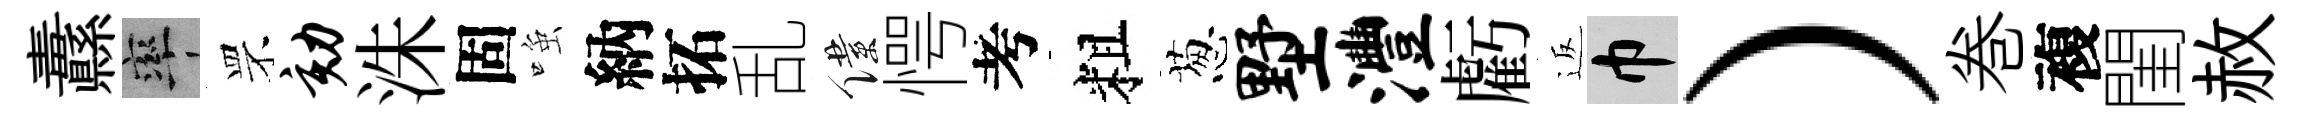
纛率罘劾洙固𫪻納拓乱僕愕考粗葱墅澧虧返巾）巻複閨赦